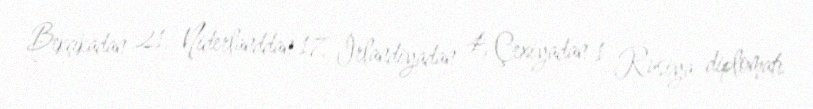
Bekçikadan 21, Niderlanddan 17, İrlandiyadan 4, Çexiyadan 1 Rusiya diplomatı